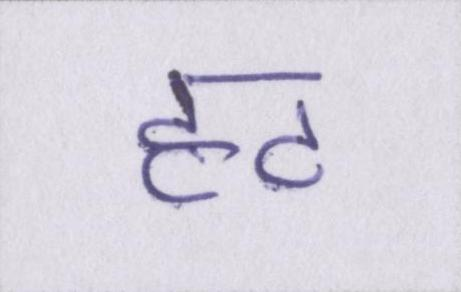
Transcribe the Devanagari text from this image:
हट